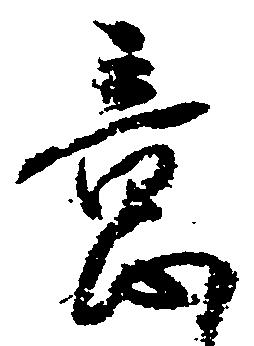
意